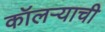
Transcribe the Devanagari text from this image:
कॉलऱ्याची